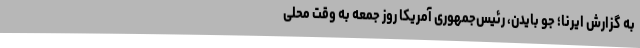
به گزارش ایرنا؛ جو بایدن، رئیس‌جمهوری آمریکا روز جمعه به وقت محلی